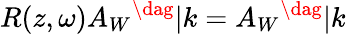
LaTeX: R(z,\omega)A_{W}{}^{\dag}|k=A_{W}{}^{\dag}|k